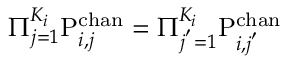
\Pi _ { j = 1 } ^ { K _ { i } } \mathrm { P } _ { i , j } ^ { \mathrm { c h a n } } = \Pi _ { j ^ { ' } = 1 } ^ { K _ { i } } \mathrm { P } _ { i , j ^ { ' } } ^ { \mathrm { c h a n } }